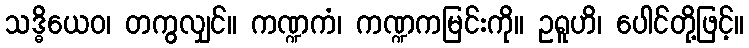
သဒ္ဓိယေဝ၊ တကွလျှင်။ ကဏ္ဍကံ၊ ကဏ္ဍကမြင်းကို။ ဥရူဟိ၊ ပေါင်တို့ဖြင့်။